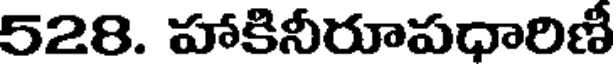
528. హాకినీరూపధారిణీ